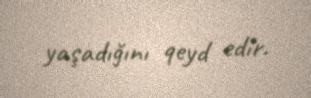
yaşadığını qeyd edir.